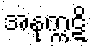
အနုက္ကဋိ